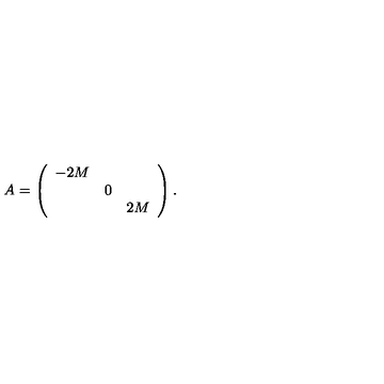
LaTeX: A = \left( \begin{array} { c c c } { - 2 M } & { } & { } \\ { } & { 0 } & { } \\ { } & { } & { 2 M } \\ \end{array} \right) .